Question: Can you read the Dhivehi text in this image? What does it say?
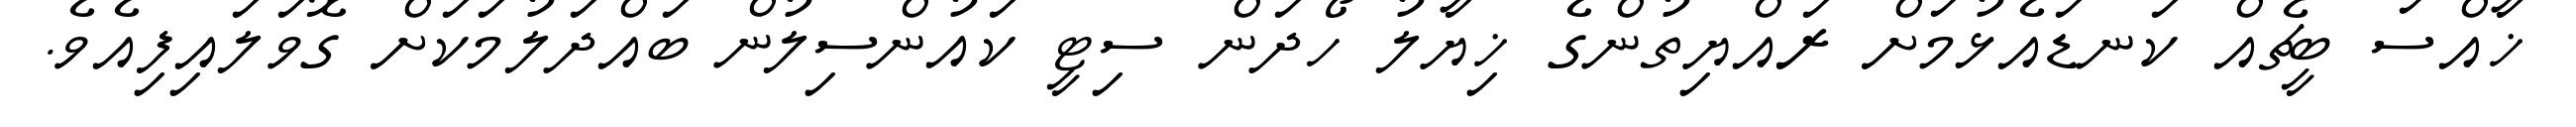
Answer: ޚާއްސަ ބީޗެއް ކަނޑައެޅުމަށް ރައްޔިތުންގެ ޚިޔާލު ހޯދަން ސިޓީ ކައުންސިލުން ބައްދަލުމަކަށް ގޮވަލައިފިއެވެ.